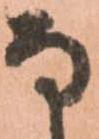
な